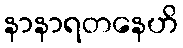
နာနာရတနေဟိ